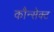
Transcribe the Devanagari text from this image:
कौन्सेक्ट